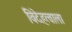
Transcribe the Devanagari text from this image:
विदेहत्वाला